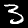
Label: 3